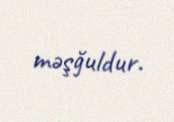
məşğuldur.